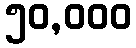
၅၀,၀၀၀